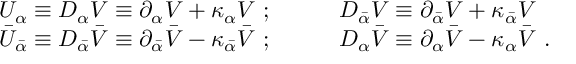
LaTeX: \begin{array} { l l } { { U _ { \alpha } \equiv { \cal D } _ { \alpha } V \equiv \partial _ { \alpha } V + \kappa _ { \alpha } V \ ; \qquad } } & { { { \cal D } _ { \bar { \alpha } } V \equiv \partial _ { \bar { \alpha } } V + \kappa _ { \bar { \alpha } } V } } \\ { { \bar { U } _ { \bar { \alpha } } \equiv { \cal D } _ { \bar { \alpha } } \bar { V } \equiv \partial _ { \bar { \alpha } } \bar { V } - \kappa _ { \bar { \alpha } } \bar { V } \ ; \qquad } } & { { { \cal D } _ { \alpha } \bar { V } \equiv \partial _ { \alpha } \bar { V } - \kappa _ { \alpha } \bar { V } \ . } } \end{array}